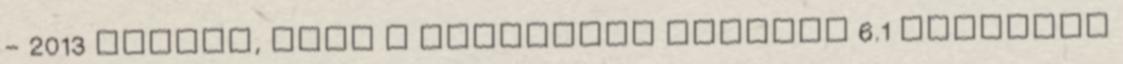
- 2013 Kérjük, hogy a pályázati adatlap 6.1 Kötelező